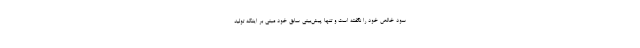
سود خالص خود را نگفته است و تنها پیش‌بینی سابق خود مبنی بر اینکه تولید